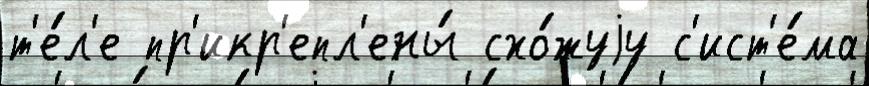
т'е́л'е пр'икр'епл'ены́ схо́жуjу с'ист'е́ма